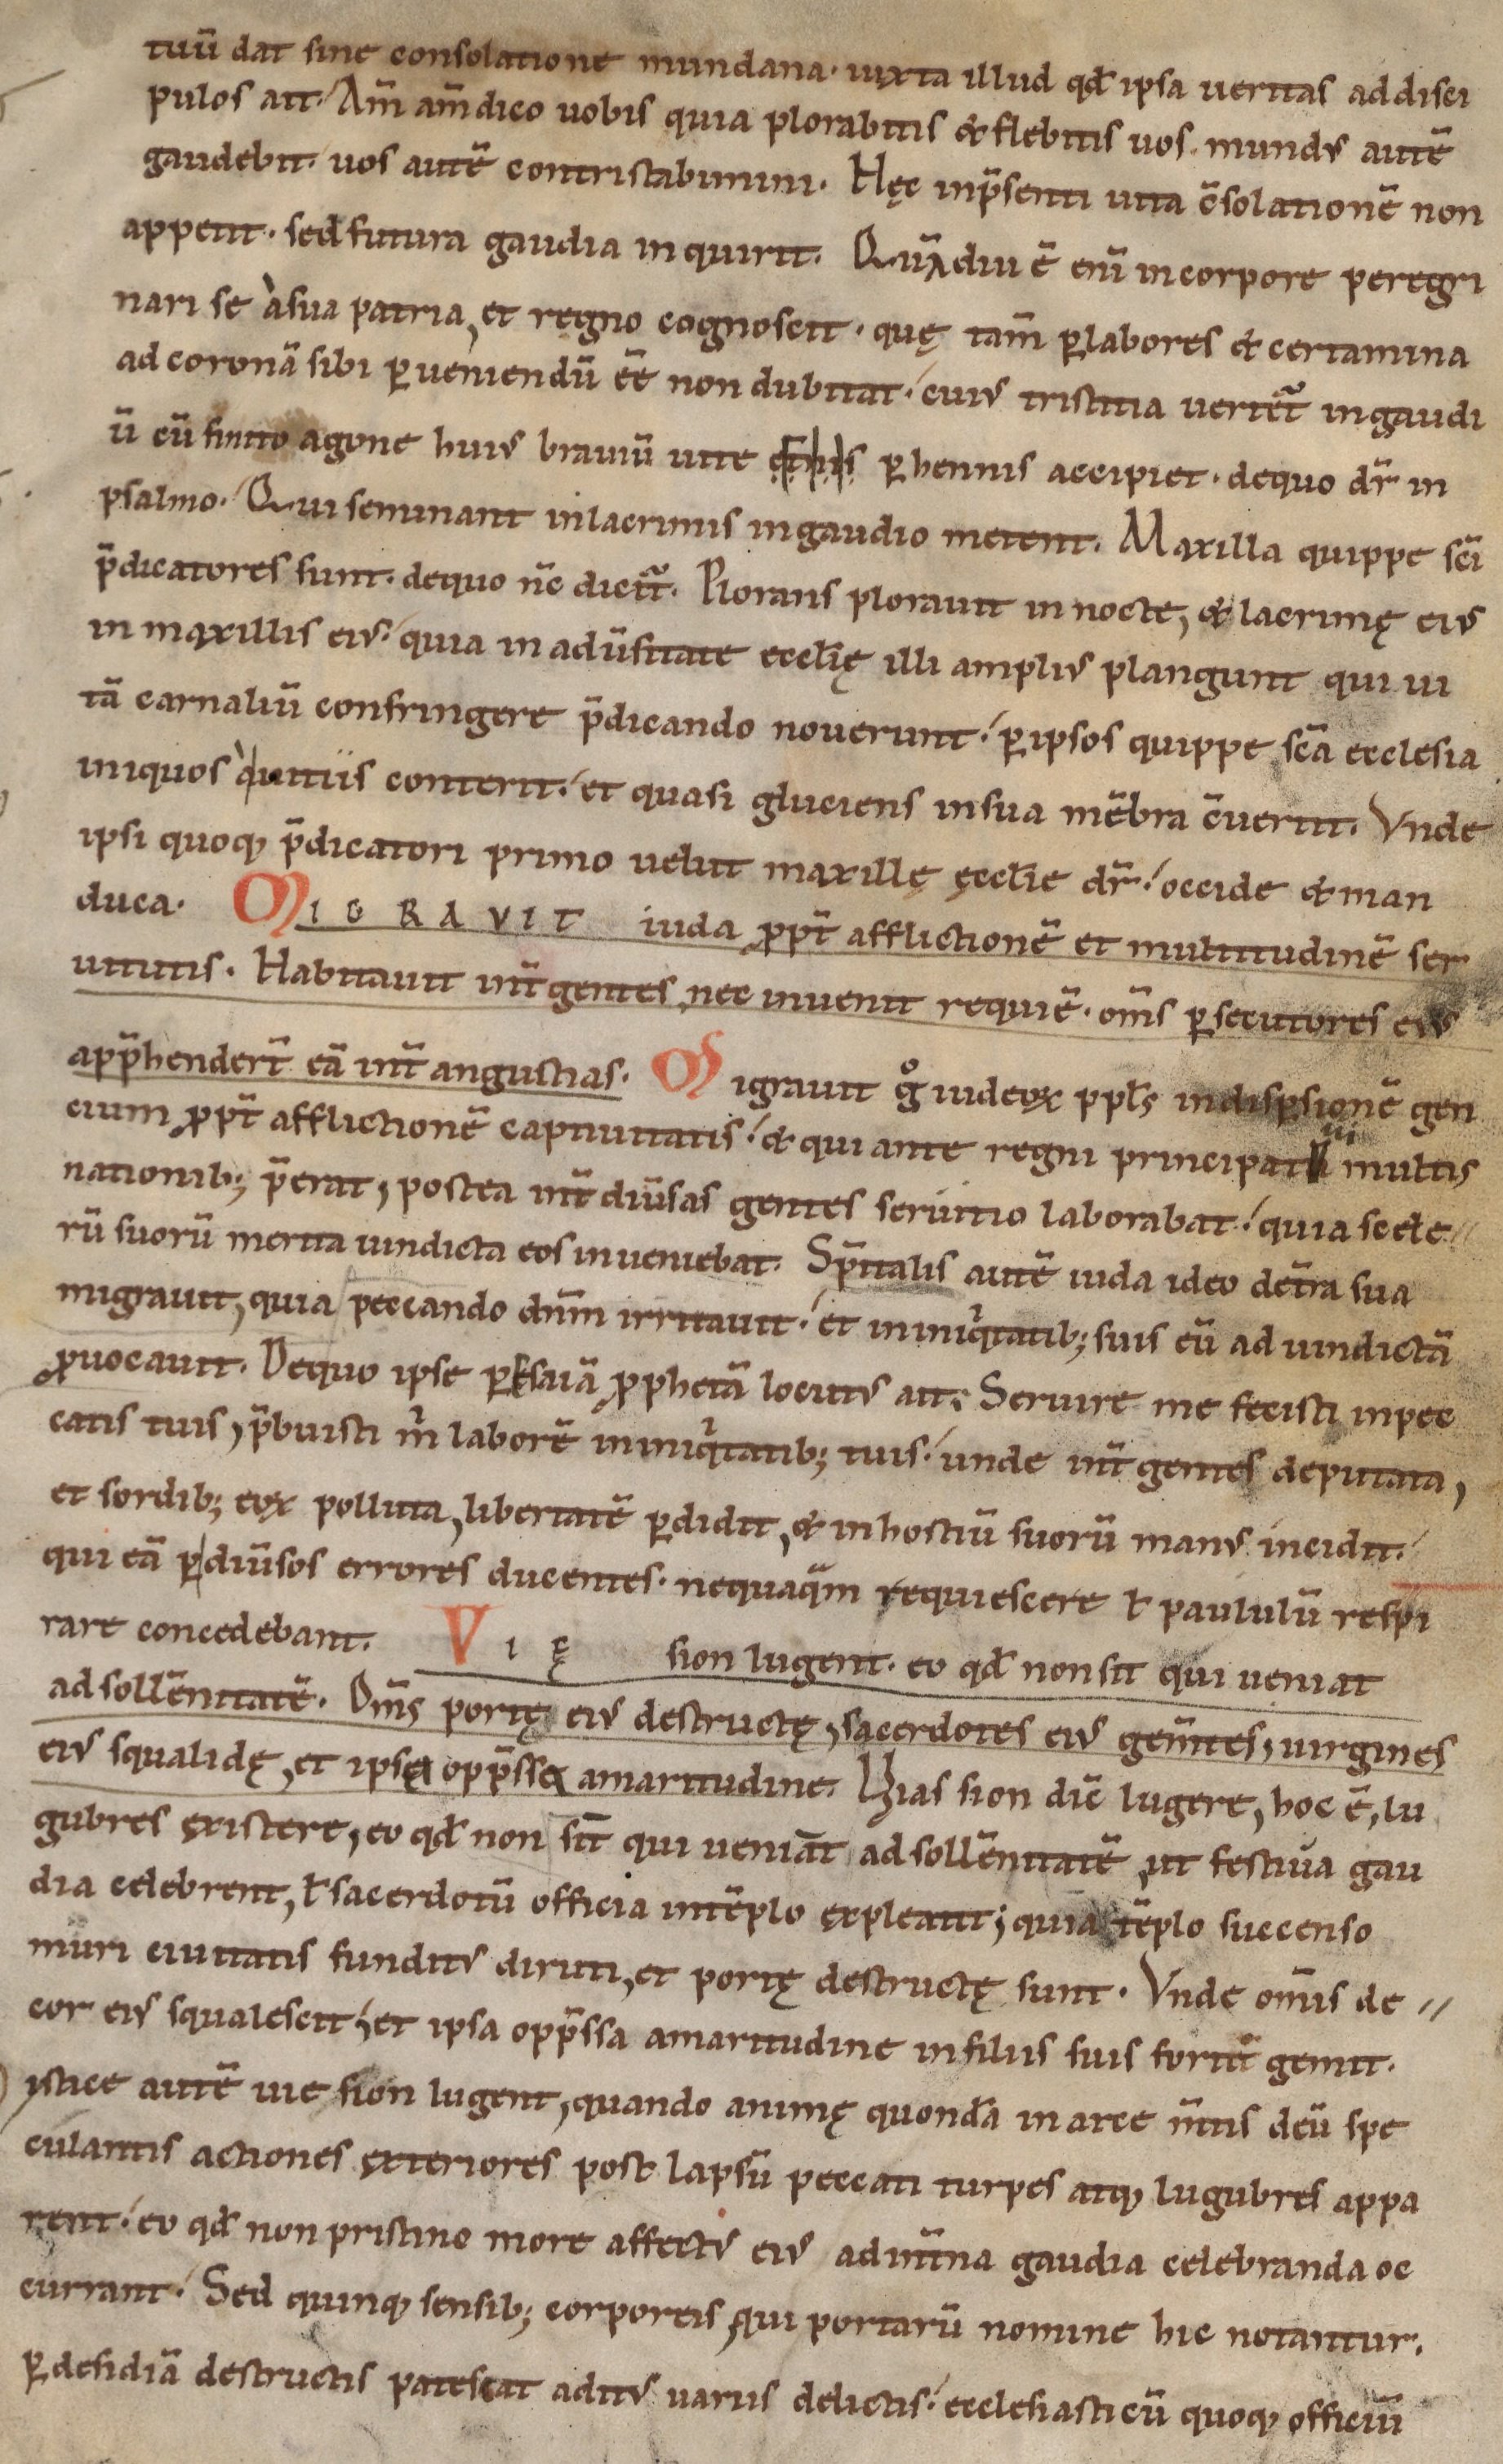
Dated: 1085–1115